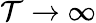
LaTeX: \mathcal{T}\to\infty